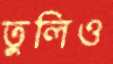
তুলিও